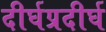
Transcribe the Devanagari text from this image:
दीर्घप्रदीर्घ